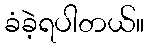
ခံခဲ့ရပါတယ်။